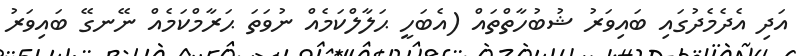
އަދި އެދެމެދުގައި ބައިވަރު ޝުބުހާތްތައް (އެބަހީ ޙަލާލްކަމެއް ނުވަތަ ޙަރާމްކަމެއް ނޭނގޭ ބައިވަރު